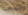
لمحت